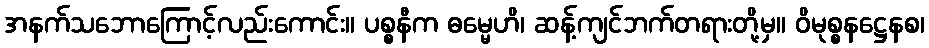
အနက်သဘောကြောင့်လည်းကောင်း။ ပစ္စနီက ဓမ္မေဟိ၊ ဆန့်ကျင်ဘက်တရားတို့မှ။ ဝိမုစ္စနဋ္ဌေနစ၊